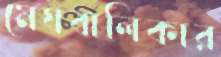
মেঘবালিকার